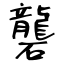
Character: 礱